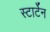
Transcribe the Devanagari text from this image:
स्टार्टेन